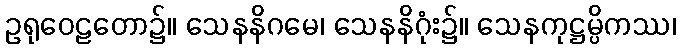
ဥရုဝေဠတော၌။ သေနနိဂမေ၊ သေနနိဂုံး၌။ သေနကုဋ္ဌမ္ပိကဿ၊